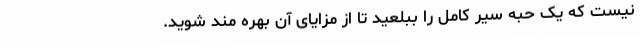
نیست که یک حبه سیر کامل را ببلعید تا از مزایای آن بهره مند شوید.